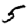
Digit: 5